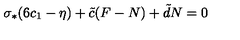
\sigma _ { * } ( 6 c _ { 1 } - \eta ) + \tilde { c } ( F - N ) + \tilde { d } N = 0